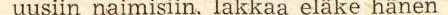
uusiin naimisiin, lakkaa eläke hänen